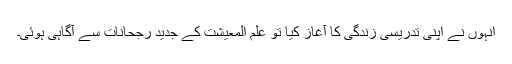
انہوں نے اپنی تدریسی زندگی کا آغاز کیا تو علم المعیشت کے جدید رجحانات سے آگاہی ہوئی۔